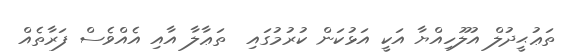
ތަޢުޙީދުލް އުލޫހިއްޔާ އަކީ އަޅުކަން ކުރުމުގައި  ތަޢާލާ އާއި އެއްވެސް ފަރާތެއް